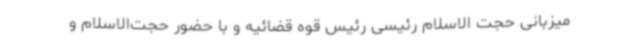
میزبانی حجت الاسلام رئیسی رئیس قوه قضائیه و با حضور حجت‌الاسلام و